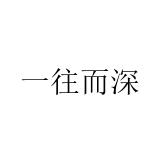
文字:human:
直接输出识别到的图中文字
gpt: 一往而深